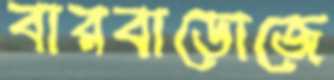
বারবাডোজে